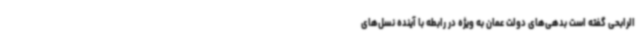
الرابحی گفته است بدهی‌های دولت عمان به ویژه در رابطه با آینده نسل‌های